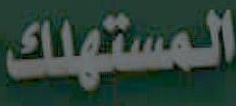
المستهلك